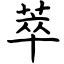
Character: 萃